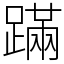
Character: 蹣